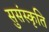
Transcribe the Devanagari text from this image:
सुसंस्कृति